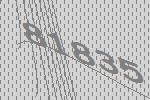
81835